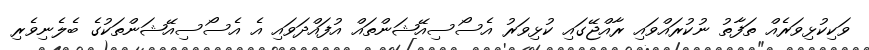
ވަކިކުޅިވަރެއް ތަފާތު ނުކުރައްވައި ރާއްޖޭގައި ކުޅިވަރު އެސޯސިއޭޝަންތައް އުފައްދަވައި އެ އެސޯސިއޭޝަންތަކުގެ ބެލެނިވެރި